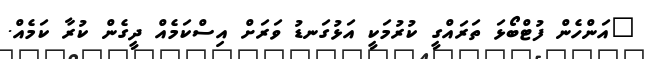
"އަންހެން ފުޓްބޯޅަ ތަރައްގީ ކުރުމަކީ އަޅުގަނޑު ވަރަށް އިސްކަމެއް ދީގެން ކުރާ ކަމެއް.